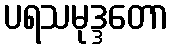
ပရသမုဒ္ဒတော